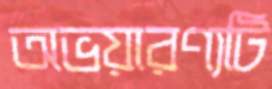
অভয়ারণ্যটি